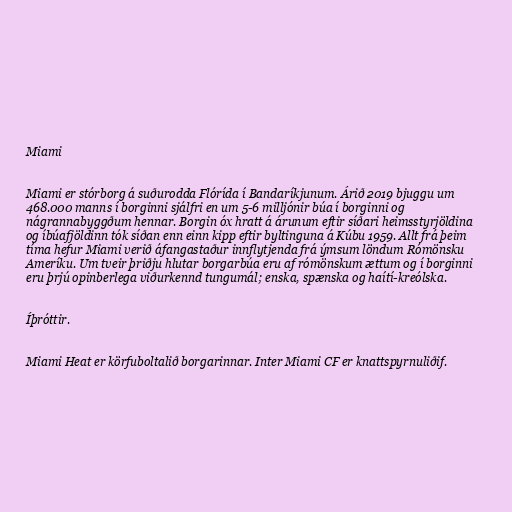
Miami

Miami er stórborg á suðurodda Flórída í Bandaríkjunum. Árið 2019 bjuggu um
468.000 manns í borginni sjálfri en um 5-6 milljónir búa í borginni og
nágrannabyggðum hennar. Borgin óx hratt á árunum eftir síðari heimsstyrjöldina
og íbúafjöldinn tók síðan enn einn kipp eftir byltinguna á Kúbu 1959. Allt frá þeim
tíma hefur Miami verið áfangastaður innflytjenda frá ýmsum löndum Rómönsku
Ameríku. Um tveir þriðju hlutar borgarbúa eru af rómönskum ættum og í borginni
eru þrjú opinberlega viðurkennd tungumál; enska, spænska og haítí-kreólska.

Íþróttir.

Miami Heat er körfuboltalið borgarinnar. Inter Miami CF er knattspyrnuliðif.